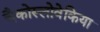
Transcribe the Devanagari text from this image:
चैकोस्लोवेकिया